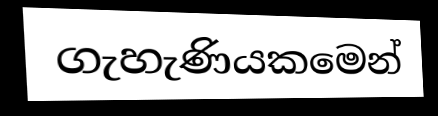
ගැහැණියකමෙන්